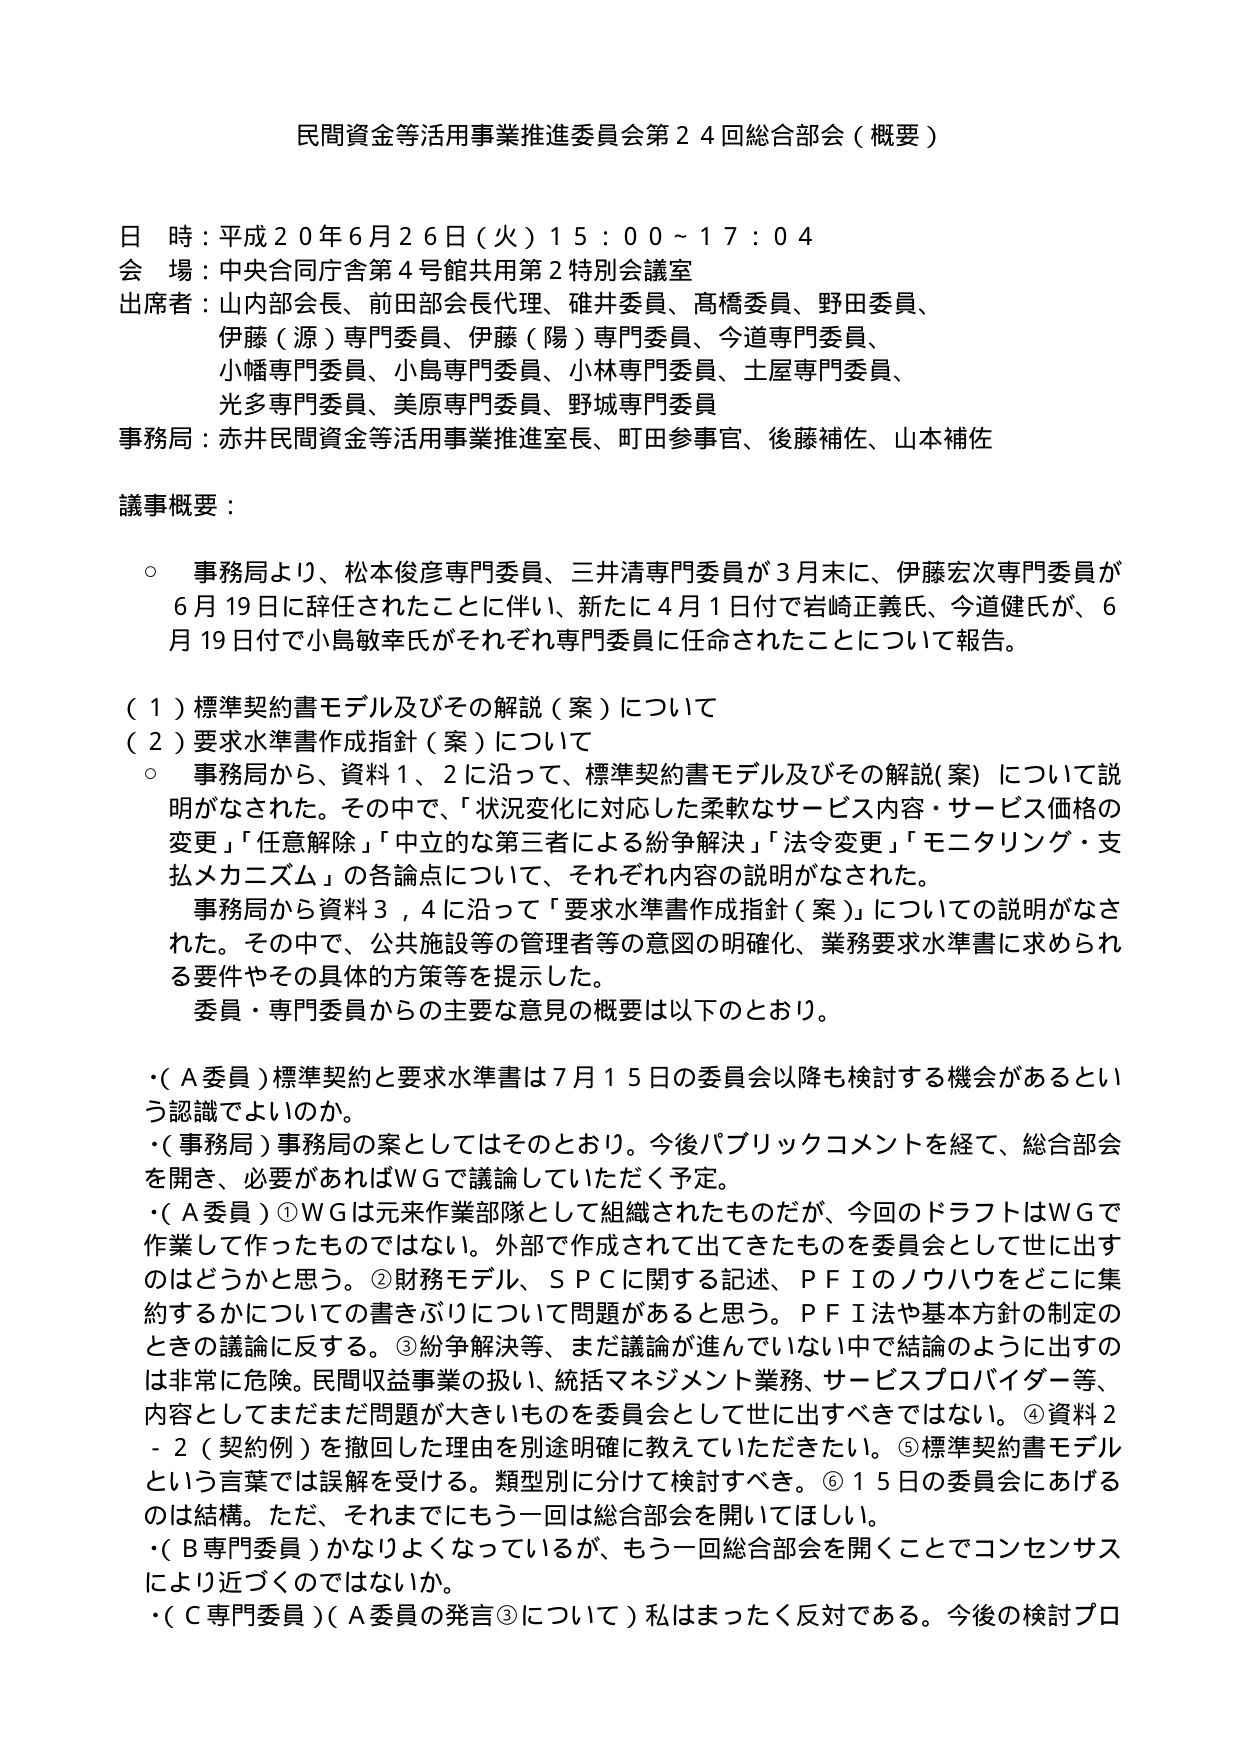
民間資金等活用事業推進委員会第２４回総合部会（概要）

日 時：平成２０年６月２６日（火）１５：００～１７：０４
会 場：中央合同庁舎第４号館共用第２特別会議室
出席者：山内部会長、前田部会長代理、碓井委員、高橋委員、野田委員、
　　　　伊藤（源）専門委員、伊藤（陽）専門委員、今道専門委員、
　　　　小幡専門委員、小島専門委員、小林専門委員、土屋専門委員、
　　　　光多専門委員、美原専門委員、野城専門委員
事務局：赤井民間資金等活用事業推進室長、町田参事官、後藤補佐、山本補佐

議事概要：

○ 事務局より、松本俊彦専門委員、三井清専門委員が３月末に、伊藤宏次専門委員が６月１９日に辞任されたことに伴い、新たに４月１日付で岩崎正義氏、今道健氏が、６月１９日付で小島敏幸氏がそれぞれ専門委員に任命されたことについて報告。

（１）標準契約書モデル及びその解説（案）について
（２）要求水準書作成指針（案）について

○ 事務局から、資料１、２に沿って、標準契約書モデル及びその解説（案）について説明がなされた。その中で、「状況変化に対応した柔軟なサービス内容・サービス価格の変更」「任意解除」「中立的な第三者による紛争解決」「法令変更」「モニタリング・支払メカニズム」の各論点について、それぞれ内容の説明がなされた。
　事務局から資料３，４に沿って「要求水準書作成指針（案）」についての説明がなされた。その中で、公共施設等の管理者等の意図の明確化、業務要求水準書に求められる要件やその具体の方策等を提示した。
　委員・専門委員からの主要な意見の概要は以下のとおり。

・（Ａ委員）標準契約と要求水準書は７月１５日の委員会以降も検討する機会があるという認識でよいのか。
・（事務局）事務局の案としてはそのとおり。今後パブリックコメントを経て、総合部会を開き、必要があればＷＧで議論していただく予定。
・（Ａ委員）①ＷＧは元来作業部隊として組織されたものだが、今回のドラフトはＷＧで作業して作ったものではない。外部で作成されて出てきたものを委員会として世に出すのはどうかと思う。②財務モデル、ＳＰＣに関する記述、ＰＦＩのノウハウをどこに集約するかについての書きぶりについて問題があると思う。ＰＦＩ法や基本方針の制定のときの議論に反する。③紛争解決等、まだ議論が進んでいない中で結論のように出すのは非常に危険。民間収益事業の扱い、統括マネジメント業務、サービスプロバイダー等、内容としてまだまだ問題が大きいものを委員会として世に出すべきではない。④資料２－２（契約例）を撤回した理由を別途明確に教えていただきたい。⑤標準契約書モデルという言葉では誤解を受ける。類型別に分けて検討すべき。⑥１５日の委員会にあげるのは結構。ただ、それまでにもう一回は総合部会を開いてほしい。
・（Ｂ専門委員）かなりよくなっているが、もう一回総合部会を開くことでコンセンサスにより近づくのではないか。
・（Ｃ専門委員）（Ａ委員の発言③について）私はまったく反対である。今後の検討プロ